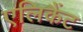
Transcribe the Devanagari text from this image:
एलिकैंट